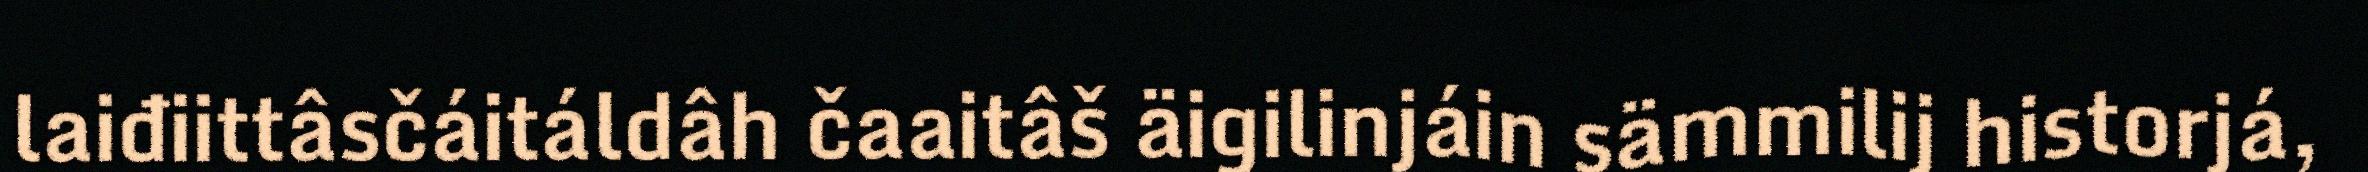
laiđiittâsčáitáldâh čaaitâš äigilinjáin sämmilij historjá,